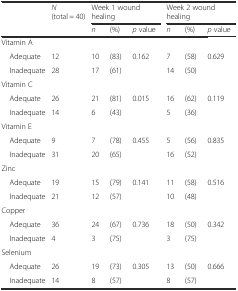
<table><thead><tr><td></td><td rowspan="2"><b><i>N</i> (total = 40)</b></td><td colspan="3"><b>Week 1 wound healing</b></td><td colspan="3"><b>Week 2 wound healing</b></td></tr><tr><td></td><td><b><i>n</i></b></td><td><b>(%)</b></td><td><b><i>p</i> value</b></td><td><b><i>n</i></b></td><td><b>(%)</b></td><td><b><i>p</i> value</b></td></tr></thead><tbody><tr><td>Vitamin A</td><td></td><td></td><td></td><td></td><td></td><td></td><td></td></tr><tr><td> Adequate</td><td>12</td><td>10</td><td>(83)</td><td rowspan="2">0.162</td><td>7</td><td>(58)</td><td rowspan="2">0.629</td></tr><tr><td> Inadequate</td><td>28</td><td>17</td><td>(61)</td><td>14</td><td>(50)</td></tr><tr><td>Vitamin C</td><td></td><td></td><td></td><td></td><td></td><td></td><td></td></tr><tr><td> Adequate</td><td>26</td><td>21</td><td>(81)</td><td rowspan="2">0.015</td><td>16</td><td>(62)</td><td rowspan="2">0.119</td></tr><tr><td> Inadequate</td><td>14</td><td>6</td><td>(43)</td><td>5</td><td>(36)</td></tr><tr><td>Vitamin E</td><td></td><td></td><td></td><td></td><td></td><td></td><td></td></tr><tr><td> Adequate</td><td>9</td><td>7</td><td>(78)</td><td rowspan="2">0.455</td><td>5</td><td>(56)</td><td rowspan="2">0.835</td></tr><tr><td> Inadequate</td><td>31</td><td>20</td><td>(65)</td><td>16</td><td>(52)</td></tr><tr><td>Zinc</td><td></td><td></td><td></td><td></td><td></td><td></td><td></td></tr><tr><td> Adequate</td><td>19</td><td>15</td><td>(79)</td><td rowspan="2">0.141</td><td>11</td><td>(58)</td><td rowspan="2">0.516</td></tr><tr><td> Inadequate</td><td>21</td><td>12</td><td>(57)</td><td>10</td><td>(48)</td></tr><tr><td>Copper</td><td></td><td></td><td></td><td></td><td></td><td></td><td></td></tr><tr><td> Adequate</td><td>36</td><td>24</td><td>(67)</td><td rowspan="2">0.736</td><td>18</td><td>(50)</td><td rowspan="2">0.342</td></tr><tr><td> Inadequate</td><td>4</td><td>3</td><td>(75)</td><td>3</td><td>(75)</td></tr><tr><td>Selenium</td><td></td><td></td><td></td><td></td><td></td><td></td><td></td></tr><tr><td> Adequate</td><td>26</td><td>19</td><td>(73)</td><td rowspan="2">0.305</td><td>13</td><td>(50)</td><td rowspan="2">0.666</td></tr><tr><td> Inadequate</td><td>14</td><td>8</td><td>(57)</td><td>8</td><td>(57)</td></tr></tbody></table>